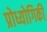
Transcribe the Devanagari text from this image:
प्रोध्योगिकी